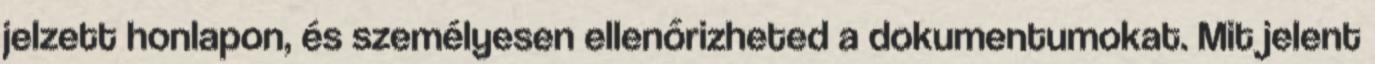
jelzett honlapon, és személyesen ellenőrizheted a dokumentumokat. Mit jelent